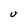
Character: U